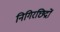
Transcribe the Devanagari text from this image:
निगिरछिद्रों